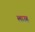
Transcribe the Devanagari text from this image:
लाउह